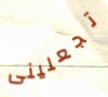
تجعلينى